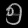
Digit: ၅